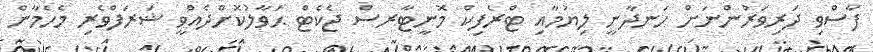
ފާސްވި ދަރިވަރުންނަށް ހަނދާނީ ލިޔުމާއި ޓްރެފިކް މޮނީޓާރސް ޖެކެޓް ޙަވާލުކޮށްދެއްވީ ޝަރަފްވެރި މެހެމާން